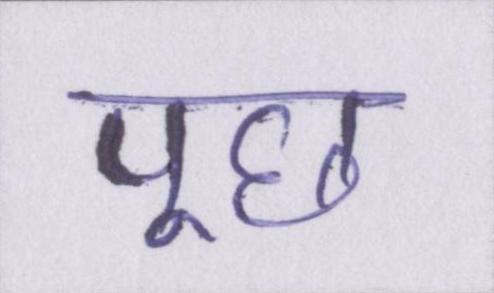
पूछ